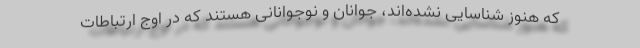
که هنوز شناسایی نشده‌اند، جوانان و نوجوانانی هستند که در اوج ارتباطات